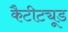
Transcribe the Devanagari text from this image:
कैटीट्यूड